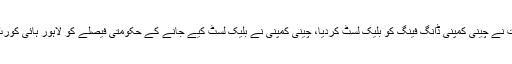
نواز شریف حکومت نے چینی کمپنی ڈانگ فینگ کو بلیک لسٹ کردیا، چینی کمپنی نے بلیک لسٹ کیے جانے کے حکومتی فیصلے کو لاہور ہائی کورٹ میں چیلنج کردیا۔